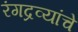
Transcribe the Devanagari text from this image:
रंगद्रव्यांचे